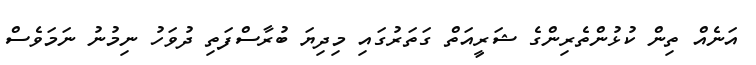
އަނެއް ތިން ކުޅުންތެރިންގެ ޝަރީއަތް ގަތަރުގައި މިދިޔަ ބުރާސްފަތި ދުވަހު ނިމުނު ނަމަވެސް